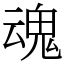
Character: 魂